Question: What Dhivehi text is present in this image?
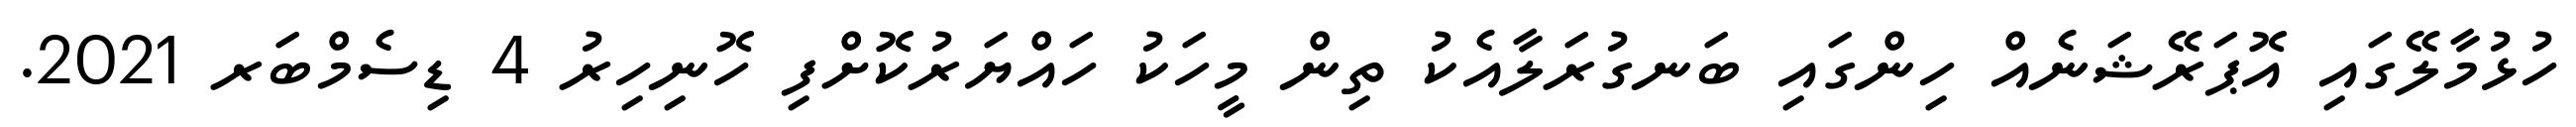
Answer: ހުޅުމާލޭގައި އޮޕަރޭޝަނެއް ހިންގައި ބަނގުރަލާއެކު ތިން މީހަކު ހައްޔަރުކޮށްފި ހޮނިހިރު 4 ޑިސެމްބަރ 2021.